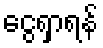
ငွေရှာရန်